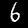
Label: 6